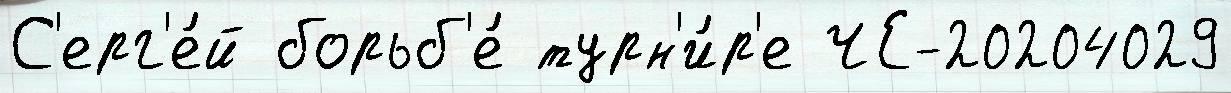
С'ерг'е́й борьб'е́ турн'и́р'е ЧЕ-20204029